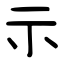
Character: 示